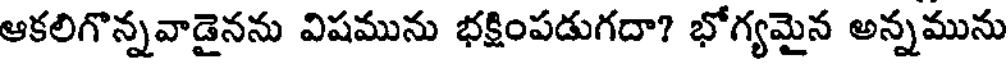
ఆకలిగొన్నవాడైనను విషమును భక్షింపడుగదా? భోగ్యమైన అన్నమును